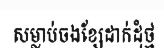
សម្លាប់ចងខ្សែដាក់ដុំថ្ម